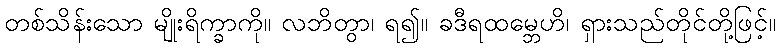
တစ်သိန်းသော မျိုးရိက္ခာကို။ လဘိတွာ၊ ရ၍။ ခဒီရထမ္ဘေဟိ၊ ရှားသည်တိုင်တို့ဖြင့်။